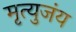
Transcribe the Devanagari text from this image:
मृत्युजंय